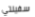
سفينتي